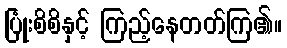
ပြုံးစိစိနှင့် ကြည့်နေတတ်ကြ၏။